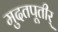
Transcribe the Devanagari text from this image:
मुदतपूतीर्